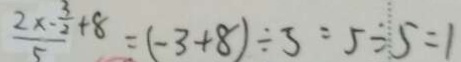
\frac { 2 x - \frac { 3 } { 2 } + 8 } { 5 } = ( - 3 + 8 ) \div 5 = 5 \div 5 = 1